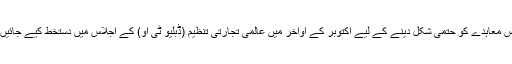
تاہم اس معاہدے کو حتمی شکل دینے کے لیے اکتوبر کے اواخر میں عالمی تجارتی تنظیم (ڈبلیو ٹی او) کے اجلاس میں دستخط کیے جائیں گے۔